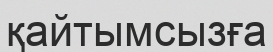
қайтымсызға